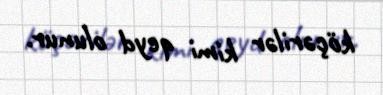
köçərilər kimi qeyd olunur.